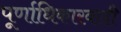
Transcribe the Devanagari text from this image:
पूर्णाधिकारवादी